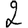
Digit: 2